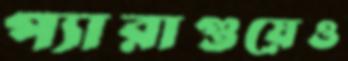
প্যারাগুয়েও